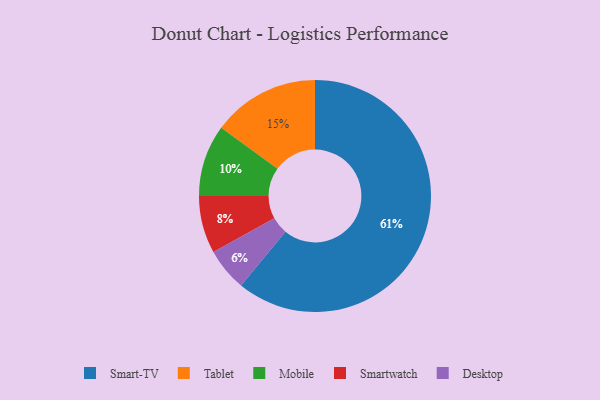
{"axis": {"x": "Category", "y": "Percentage"}, "legend": ["Desktop", "Mobile", "Smart-TV", "Smartwatch", "Tablet"], "data": [{"x": "Smartwatch", "y": 8, "type": "Smartwatch"}, {"x": "Tablet", "y": 15, "type": "Tablet"}, {"x": "Mobile", "y": 10, "type": "Mobile"}, {"x": "Smart-TV", "y": 61, "type": "Smart-TV"}, {"x": "Desktop", "y": 6, "type": "Desktop"}]}